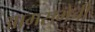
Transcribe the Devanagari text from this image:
आमसभेची